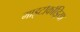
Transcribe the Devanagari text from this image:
माइटोकोंड्रिया